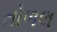
તોળલ